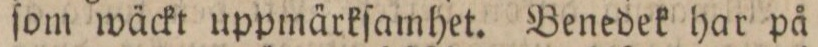
ſom wäckt uppmärkſamhet. Benedek har på